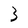
Character: 3